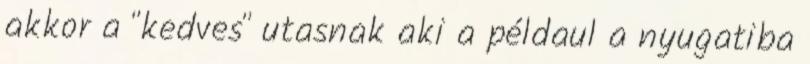
akkor a "kedves" utasnak aki a példaul a nyugatiba